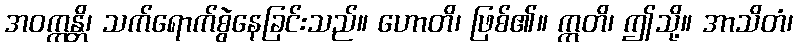
အဝက္ကန္တိ၊ သက်ရောက်စွဲနေခြင်းသည်။ ဟောတိ၊ ဖြစ်၏။ ဣတိ၊ ဤသို့။ အာသိတံ၊